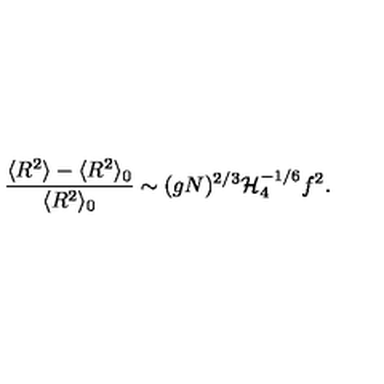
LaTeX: \frac { \langle R ^ { 2 } \rangle - \langle R ^ { 2 } \rangle _ { 0 } } { \langle R ^ { 2 } \rangle _ { 0 } } \sim ( g N ) ^ { 2 / 3 } { \cal H } _ { 4 } ^ { - 1 / 6 } f ^ { 2 } .